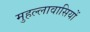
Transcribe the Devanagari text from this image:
मुहल्लावासियों